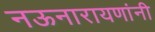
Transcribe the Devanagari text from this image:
नऊनारायणांनी